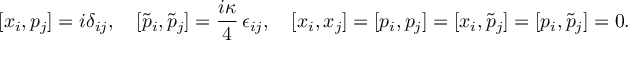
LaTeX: [ x _ { i } , p _ { j } ] = i \delta _ { i j } , \quad [ \tilde { p } _ { i } , \tilde { p } _ { j } ] = \frac { i \kappa } { 4 } \, \epsilon _ { i j } , \quad [ x _ { i } , x _ { j } ] = [ p _ { i } , p _ { j } ] = [ x _ { i } , \tilde { p } _ { j } ] = [ p _ { i } , \tilde { p } _ { j } ] = 0 .